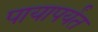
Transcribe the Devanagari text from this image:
पायापर्यंत